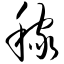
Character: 稼